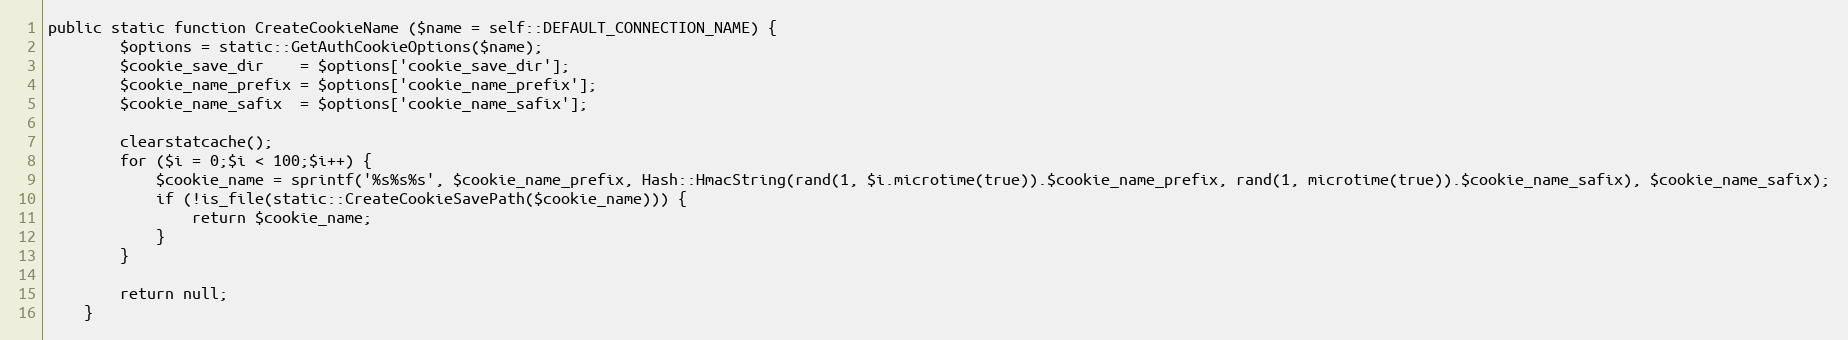
Language: PHP
public static function CreateCookieName ($name = self::DEFAULT_CONNECTION_NAME) {
		$options = static::GetAuthCookieOptions($name);
		$cookie_save_dir	= $options['cookie_save_dir'];
		$cookie_name_prefix	= $options['cookie_name_prefix'];
		$cookie_name_safix	= $options['cookie_name_safix'];

		clearstatcache();
		for ($i = 0;$i < 100;$i++) {
			$cookie_name = sprintf('%s%s%s', $cookie_name_prefix, Hash::HmacString(rand(1, $i.microtime(true)).$cookie_name_prefix, rand(1, microtime(true)).$cookie_name_safix), $cookie_name_safix);
			if (!is_file(static::CreateCookieSavePath($cookie_name))) {
				return $cookie_name;
			}
		}

		return null;
	}